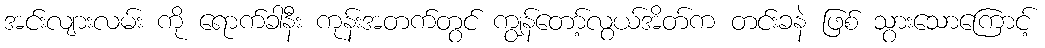
အင်းလျားလမ်း ကို ရောက်ခါနီး ကုန်းအတက်တွင် ကျွန်တော့်လွယ်အိတ်က တင်းခနဲ ဖြစ် သွားသောကြောင့်